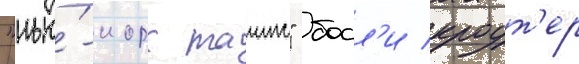
"нью́-иорк таимс" босл'и кроут'ер